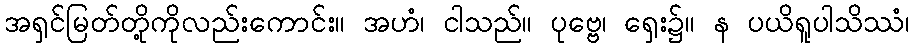
အရှင်မြတ်တို့ကိုလည်းကောင်း။ အဟံ၊ ငါသည်။ ပုဗ္ဗေ၊ ရှေး၌။ န ပယိရူပါသိဿံ၊